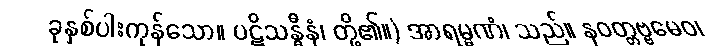
ခုနှစ်ပါးကုန်သော။ ပဋိသန္ဓီနံ၊ တို့၏။) အာရမ္မဏံ၊ သည်။ နဝတ္တဗ္ဗမေဝ၊